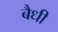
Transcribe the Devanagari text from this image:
बैधी